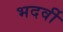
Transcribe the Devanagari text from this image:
भदर्वी